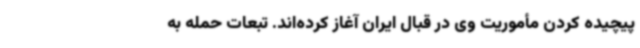
پیچیده کردن مأموریت وی در قبال ایران آغاز کرده‌اند. تبعات حمله به